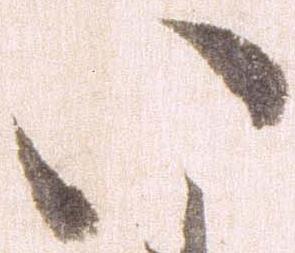
い